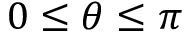
0 \leq \theta \leq \pi